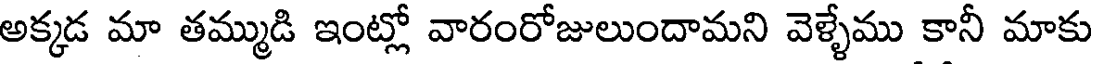
అక్కడ మా తమ్ముడి ఇంట్లో వారంరోజులుందామని వెళ్ళేము కానీ మాకు